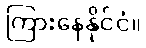
ကြားနေနိုင်ငံ။